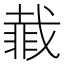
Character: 𮧇